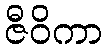
ဇီဝိကာ